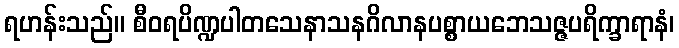
ရဟန်းသည်။ စီဝရပိဏ္ဍပါတသေနာသနဂိလာနပစ္စာယဘေသဇ္ဇပရိက္ခာရာနံ၊